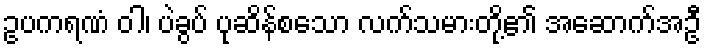
ဥပကရဏံ ဝါ၊ ပဲခွပ် ပုဆိန်စသော လက်သမားတို့၏ အဆောက်အဦ